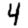
Digit: 4